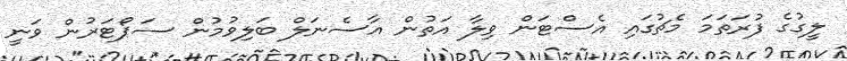
ލީގުގެ ފުރަތަމަ މެޗުގައި އެސްޓަން ވިލާ އަތުން އާސެނަލް ބަލިވުމުން ސަޕޯޓަރުން ވަނީ